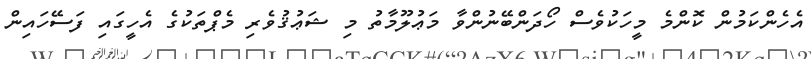
އެހެންކަމުން ކޮންމެ މީހަކުވެސް ހޯދަންބޭނުންވާ މަޢުލޫމާތު މި ޝަޢުޤުވެރި މެޕްތަކުގެ އެހީގައި ފަސޭހައިން